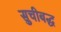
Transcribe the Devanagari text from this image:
सुचीबद्ध